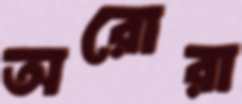
অরোরা